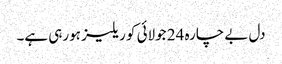
دل بے چارہ 24 جولائی کو ریلیز ہورہی ہے۔